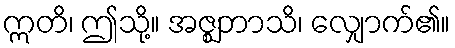
ဣတိ၊ ဤသို့။ အဇ္ဈဘာသိ၊ လျှောက်၏။